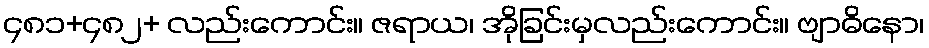
၄၈၁+၄၈၂+ လည်းကောင်း။ ဇရာယ၊ အိုခြင်းမှလည်းကောင်း။ ဗျာဓိနော၊